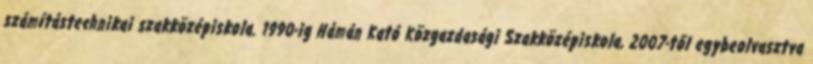
számítástechnikai szakközépiskola. 1990-ig Hámán Kató Közgazdasági Szakközépiskola, 2007-től egybeolvasztva